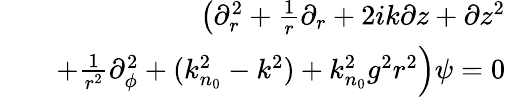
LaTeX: \begin{array}{rlr}&{}&{\left(\partial_{r}^{2}+\frac{1}{r}\partial_{r}+2ik\partial z+\partial z^{2}\right.}\\ &{}&{\left.+\frac{1}{r^{2}}\partial_{\phi}^{2}+(k_{n_{0}}^{2}-k^{2})+k_{n_{0}}^{2}g^{2}r^{2}\right)\psi=0}\end{array}